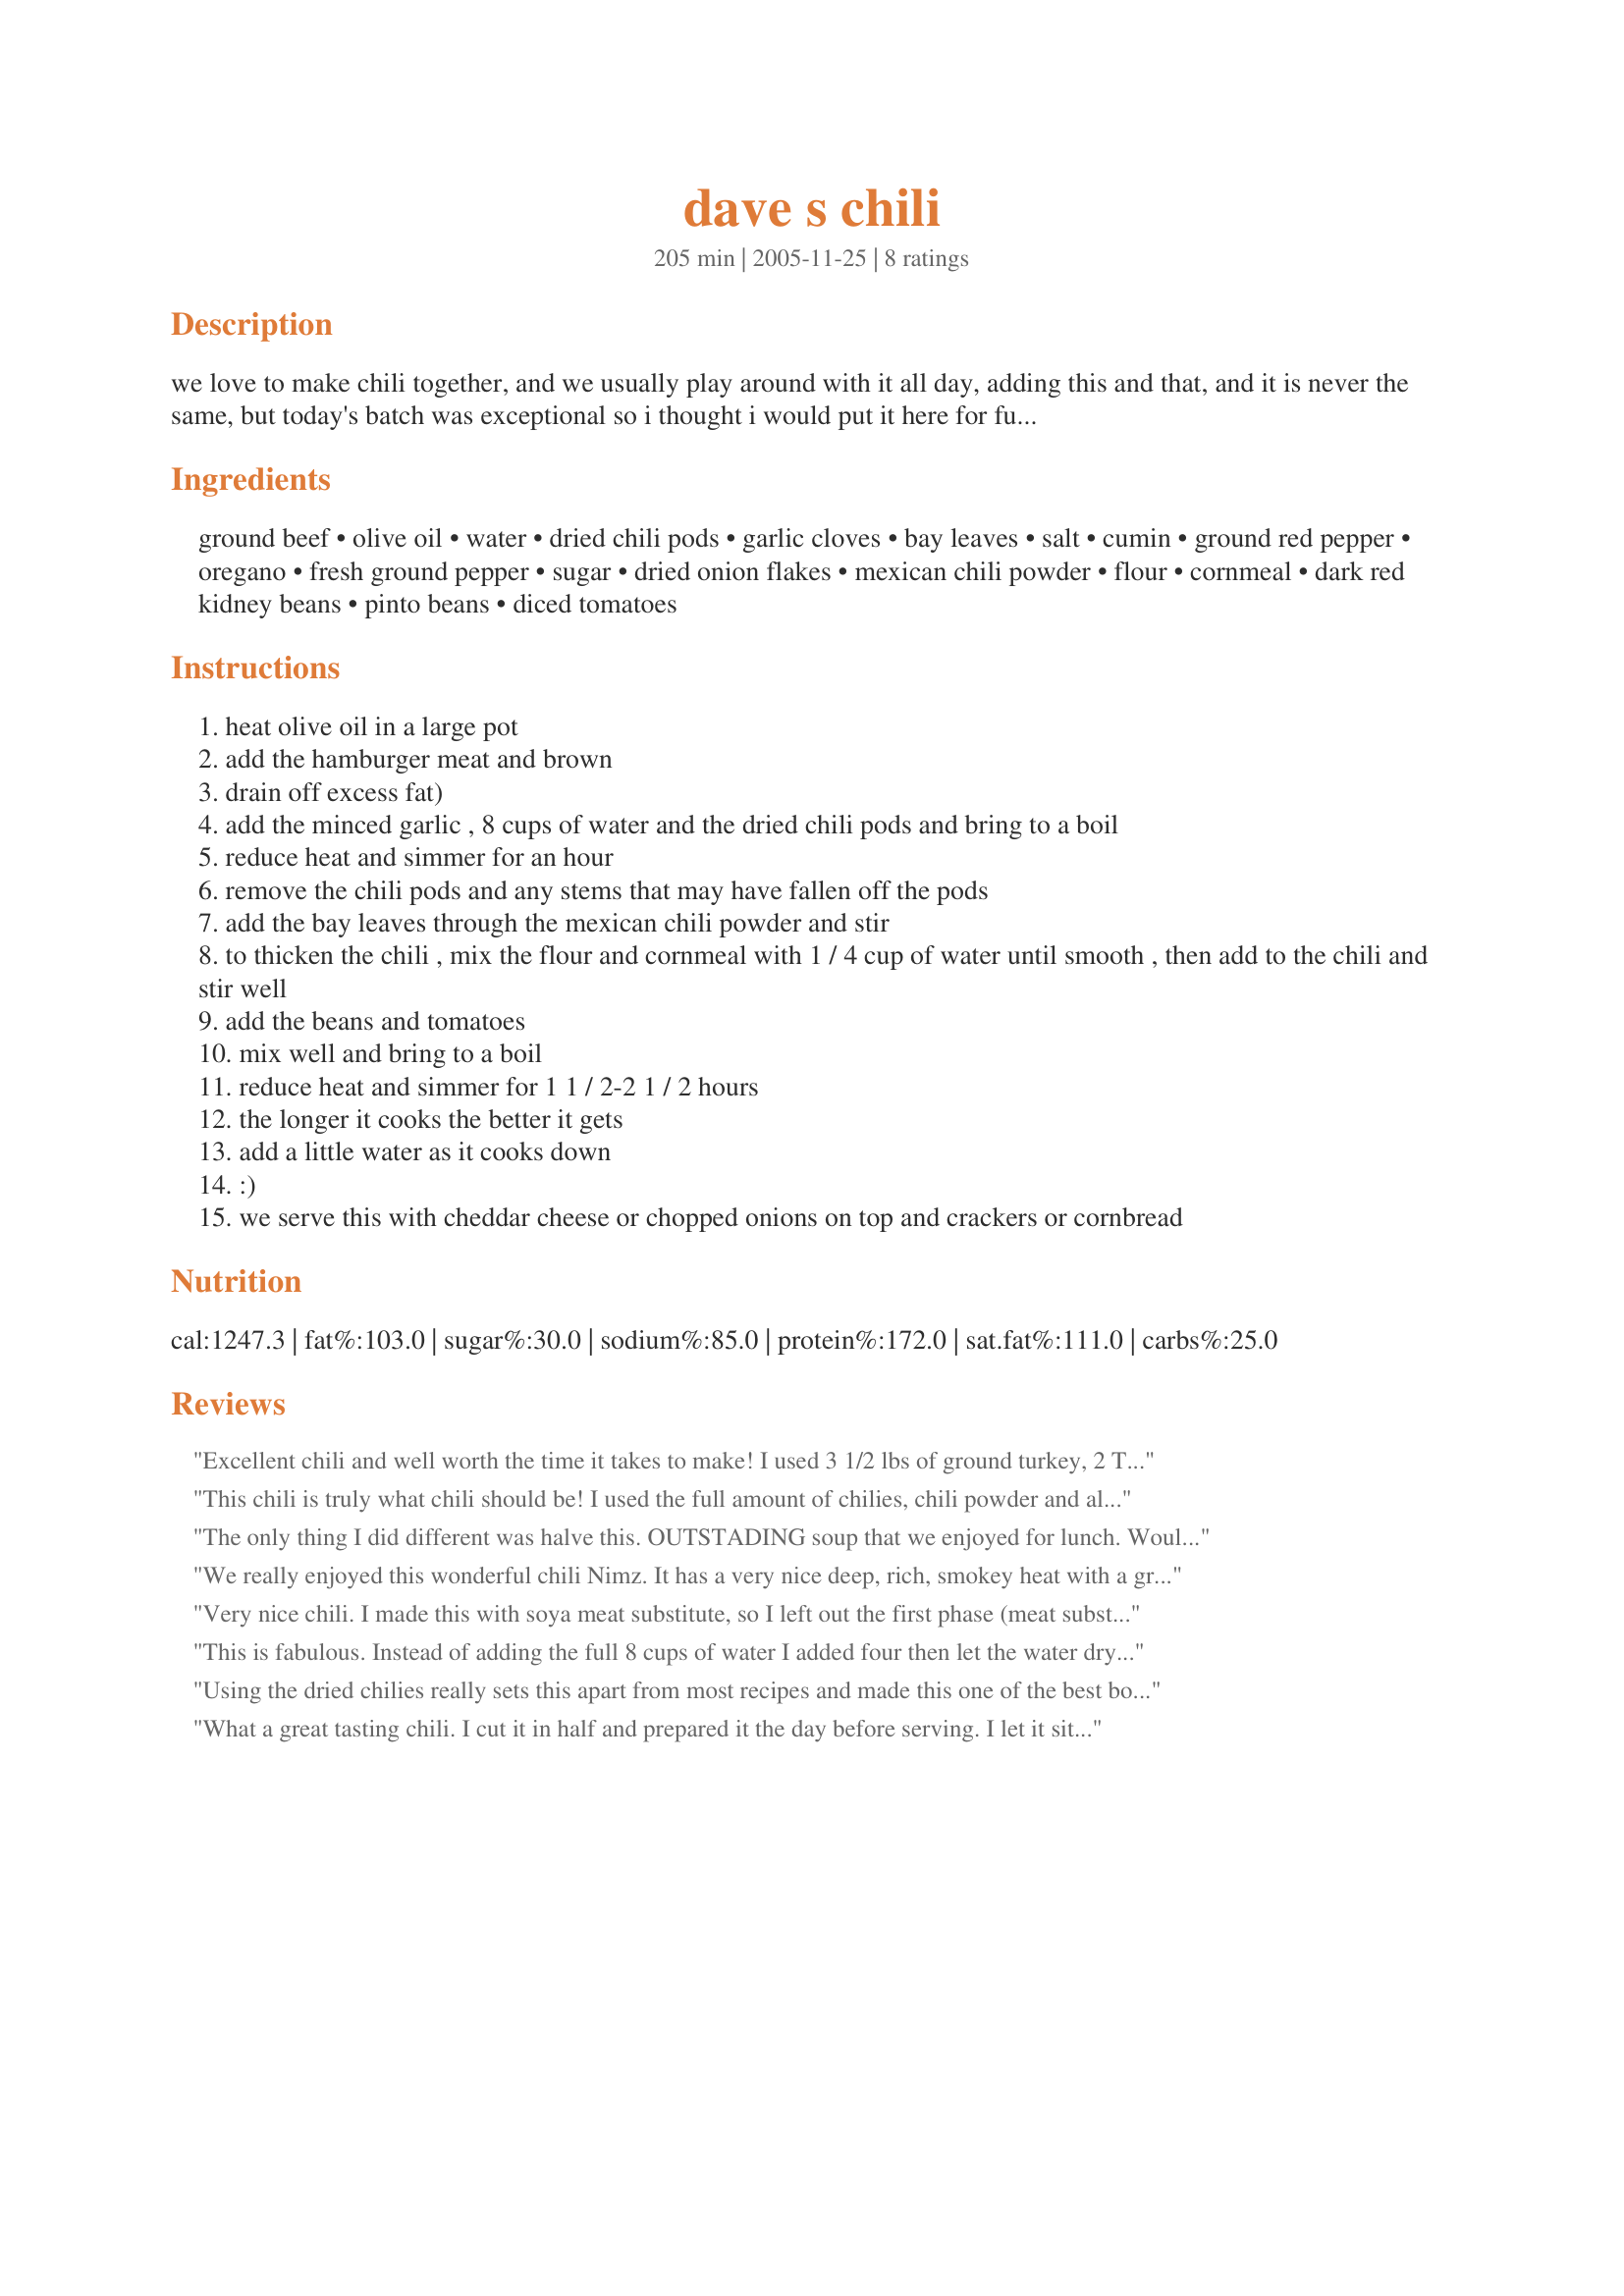
dave s chili
Preparation time: 205 minutes

we love to make chili together, and we usually play around with it all day, adding this and that, and it is never the same, but today's batch was exceptional so i thought i would put it here for future reference. the original recipe is supposedly from conway twitty that my husband obtained from an anesthesiologist he was working with at the time. conway supposedly won a texas chili cook-off with it. but this is our version of his great recipe that has evolved over the years. it's a little hot/spicy, but you can adjust the amount of seasonings if you want it milder. feel free to play around with it. hope you enjoy. someday i'll post the original of conway's chili recipe.
note: i have updated this recipe with a few changes including not draining the beans and using only 1 can of rotel. and in the directions to add extra water as needed. i like the added flavor of not draining the beans. :)

Ingredients:
ground beef, olive oil, water, dried chili pods, garlic cloves, bay leaves, salt, cumin, ground red pepper, oregano, fresh ground pepper, sugar, dried onion flakes, mexican chili powder, flour, cornmeal, dark red kidney beans, pinto beans, diced tomatoes

Steps:
heat olive oil in a large pot
add the hamburger meat and brown
drain off excess fat)
add the minced garlic , 8 cups of water and the dried chili pods and bring to a boil
reduce heat and simmer for an hour
remove the chili pods and any stems that may have fallen off the pods
add the bay leaves through the mexican chili powder and stir
to thicken the chili , mix the flour and cornmeal with 1 / 4 cup of water until smooth , then add to the chili and stir well
add the beans and tomatoes
mix well and bring to a boil
reduce heat and simmer for 1 1 / 2-2 1 / 2 hours
the longer it cooks the better it gets
add a little water as it cooks down
:)
we serve this with cheddar cheese or chopped onions on top and crackers or cornbread

Reviews:
Excellent chili and well worth the time it takes to make! I used 3 1/2 lbs of ground turkey, 2 T of onion flakes, 2 cans of Rotel and added an additional can of kidney beans. I let it sit overnight (which I do with all chili) and had it for breakfast this morning. Absolutely fantastic! Thanks for sharing another great recipe, Nimz! P.S. I will be using this as my entry for our chili cook off this year. It's a winner! **Made for I Recommend**
This chili is truly what chili should be! I used the full amount of chilies, chili powder and also used the Rotel tomatoes, which produced ample amount of heat. I didn't have any onion flakes on hand, so used about 3/4 cup chopped onions in its place and I doubled the beans. Thanks for sharing this wonderful Chili with us, NimrodCook!
The only thing I did different was halve this. OUTSTADING soup that we enjoyed for lunch. Wouldn't change again . Great flavors, taste, and simple to prepare and make. Might add extra chili powder next time, personnal preference. Made for PRMR tag.
We really enjoyed this wonderful chili Nimz. It has a very nice deep, rich, smokey heat with a great after taste. It tastes as good as it smells and certainly does not disappoint. I can't wait to try this on top of poached eggs and hash browns for breakfast, thanks for sharing.
Very nice chili. I made this with soya meat substitute, so I left out the first phase (meat substitute is added only in the last minutes). Nice bit of heat, and very flavourful.
This is fabulous. Instead of adding the full 8 cups of water I added four then let the water dry out before toasting the spices. I ended up cooking all afternoon adding more water when needed and didn't use the cornflour mix to thicken, the simmering did a nice job of thickening. I didn't have any mexican chilli pods on hand so used some dried chillies that I found in my asian supermarket and added 1/2 teaspoon of liquid smoke for the smokey flavour. Served with rice, cheese, sour cream and green onions. Great recipe with great flavour.
Using the dried chilies really sets this apart from most recipes and made this one of the best bowls I've ever had. It created a real depth of flavor and a smokiness that one doesn't get with the powdered stuff. My half batch included 4 New Mexico dried chilis along with one other smaller hotter chili. At the end of the first hour of simmering I removed the chilies, scraped the soft insides and mashed them up and returned the mash to the pot. Also added a full tablespoon of onion flakes (effectively doubling the amount). Double yummy.
What a great tasting chili. I cut it in half and prepared it the day before serving. I let it sit in the refrigerator overnight with the chili pods in the mixture. What a great heat this has. I think I will make all future chili recipes using the dried chili pod technique. Thanks Nimz for posting this recipe.
